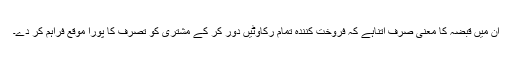
ان میں قبضہ کا معنی صرف اتناہے کہ فروخت کنندہ تمام رکاوٹیں دور کر کے مشتری کو تصرف کا پورا موقع فراہم کر دے۔